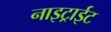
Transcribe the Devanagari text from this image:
नाइट्राईट